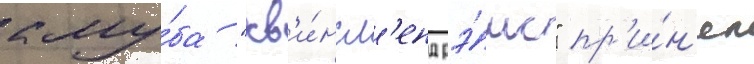
клу́ба "кв'и́нсл'енд рэ́мс" пр'и́н'ял